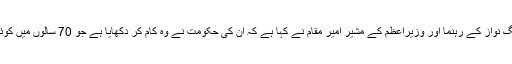
پاکستان مسلم لیگ نواز کے رہنما اور وزیراعظم کے مشیر امیر مقام نے کہا ہے کہ ان کی حکومت نے وہ کام کر دکھایا ہے جو 70 سالوں میں کوئی نہیں کر سکا۔